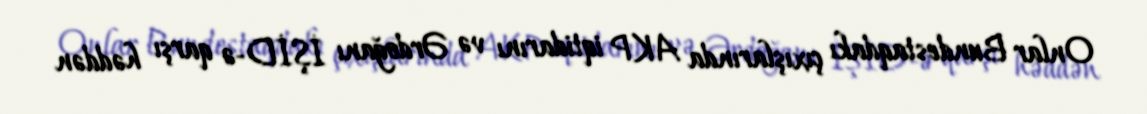
Onlar Bundestaqdakı çıxışlarında AKP iqtidarını və Ərdoğanı İŞİD-ə qarşı həddən